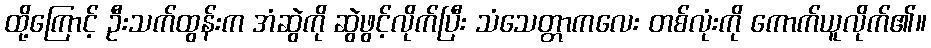
ထို့ကြောင့် ဦးသက်ထွန်းက အံဆွဲကို ဆွဲဖွင့်လိုက်ပြီး သံသေတ္တာကလေး တစ်လုံးကို ကောက်ယူလိုက်၏။